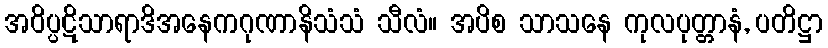
အဝိပ္ပဋိသာရာဒိအနေကဂုဏာနိသံသံ သီလံ။ အပိစ သာသနေ ကုလပုတ္တာနံ, ပတိဋ္ဌာ